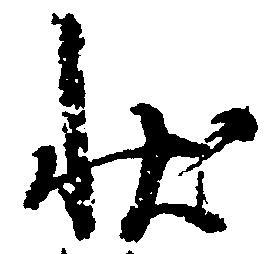
状